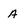
Character: a